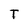
Character: T